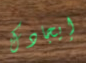
إيجادك